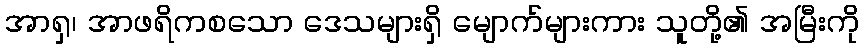
အာရှ၊ အာဖရိကစသော ဒေသများရှိ မျောက်များကား သူတို့၏ အမြီးကို